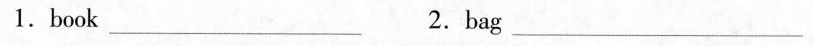
1.book_ 2.bag _